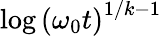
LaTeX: \log\left(\omega_{0}t\right)^{1/k-1}